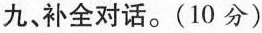
九、补全对话。(10 分)